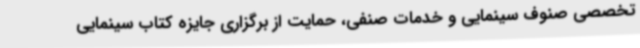
تخصصی صنوف سینمایی و خدمات صنفی، حمایت از برگزاری جایزه کتاب سینمایی